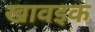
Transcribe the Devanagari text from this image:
खावइक